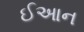
ઈઆન